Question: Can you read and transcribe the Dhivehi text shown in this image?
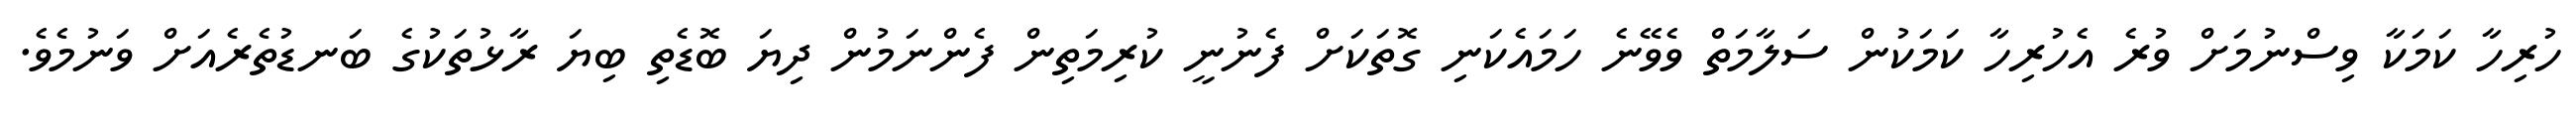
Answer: ހުރިހާ ކަމަކާ ވިސްނުމަށް ވުރެ އެހުރިހާ ކަމަކުން ސަލާމަތް ވެވޭނެ ހަމައެކަނި ގޮތަކަށް ފެނުނީ ކުރިމަތިން ފެންނަމުން ދިޔަ ބޮޑެތި ބިޔަ ރާޅުތަކުގެ ބަނޑުތެރެއަށް ވަނުމެވެ.